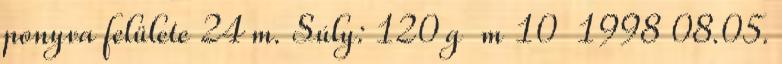
ponyva felülete 24 m. Súly: 120 g m 10 1998 08.05.